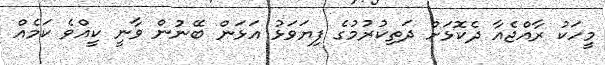
މީހަކު ރާއްޖެއާ ދެކޮޅަށް ދަތިކުރުމުގެ ފިޔަވަޅު އަޅަން ބޭނުން ވާނީ ކީއްވެ ކަމެއް